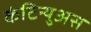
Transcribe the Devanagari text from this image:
कंटिन्युअस